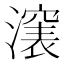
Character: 𣿵